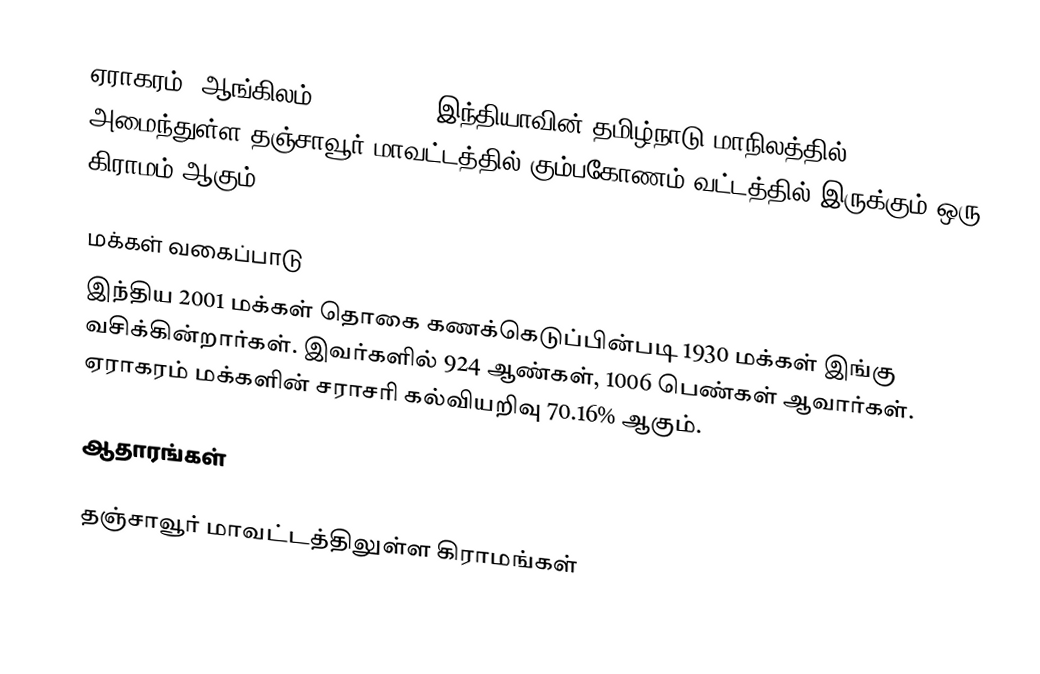
ஏராகரம்  (ஆங்கிலம்: Eraharam), இந்தியாவின் தமிழ்நாடு மாநிலத்தில் அமைந்துள்ள தஞ்சாவூர் மாவட்டத்தில்   கும்பகோணம் வட்டத்தில் இருக்கும்  ஒரு கிராமம் ஆகும்.

மக்கள் வகைப்பாடு
இந்திய 2001 மக்கள் தொகை கணக்கெடுப்பின்படி 1930 மக்கள் இங்கு வசிக்கின்றார்கள்.  இவர்களில் 924 ஆண்கள், 1006 பெண்கள் ஆவார்கள். ஏராகரம்   மக்களின் சராசரி கல்வியறிவு 70.16% ஆகும்.

ஆதாரங்கள்

தஞ்சாவூர் மாவட்டத்திலுள்ள கிராமங்கள்